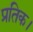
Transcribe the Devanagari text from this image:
प्रतिक।